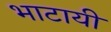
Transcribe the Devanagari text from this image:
भाटायी